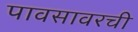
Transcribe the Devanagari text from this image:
पावसावरची